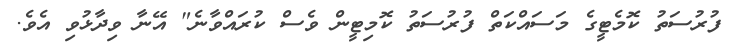
ފުރުސަތު ކޮމެޓީގެ މަސައްކަތް ފުރުސަތު ކޮމިޓީން ވެސް ކުރައްވާނެ" އޭނާ ވިދާޅުވި އެވެ.